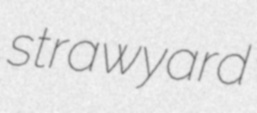
strawyard